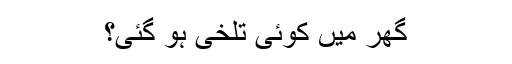
گھر میں کوئی تلخی ہو گئی؟